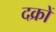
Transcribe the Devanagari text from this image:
दक्रों